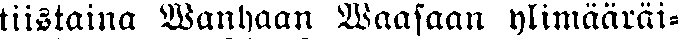
tiistaina Wanhaan Waasaan ylimääräi-